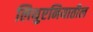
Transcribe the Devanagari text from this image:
लिथुएनियातील